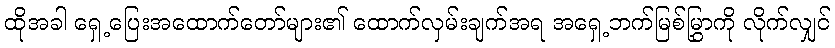
ထိုအခါ ရှေ့ပြေးအထောက်တော်များ၏ ထောက်လှမ်းချက်အရ အရှေ့ဘက်မြစ်မြွှာကို လိုက်လျှင်